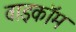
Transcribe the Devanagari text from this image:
वाइकॉम